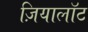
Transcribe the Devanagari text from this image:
ज़ियालॉट